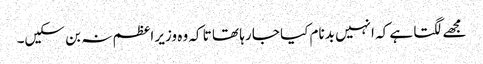
مجھے لگتا ہے کہ انہیں بدنام کیا جا رہا تھا تا کہ وہ وزیر اعظم نہ بن سکیں۔